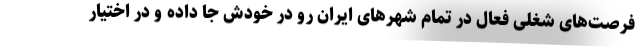
فرصت‌های شغلی فعال در تمام شهرهای ایران رو در خودش جا داده و در اختیار